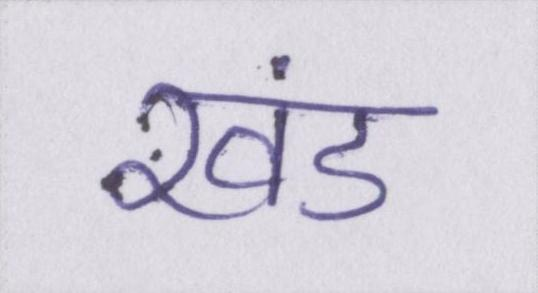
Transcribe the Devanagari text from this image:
खंड